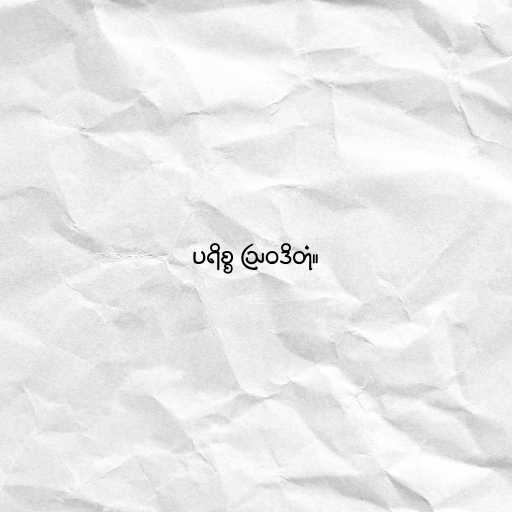
ပရိစ္စ ဩဝဒိတုံ။